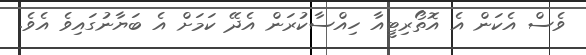
ވެސް އެކަން އެ އޮތޯރިޓީއާ ހިއްސާކުރަން އެދޭ ކަމަށް އެ ބަޔާނުގައިވެ އެވެ.